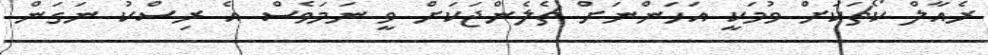
ރެއާލް ކޯޗަކަށް ވުމަކީ އަހަންނަށް ޗެލެންޖަކަށް ވީ ނަމަވެސް އެ ރިސްކު ނަގަން